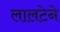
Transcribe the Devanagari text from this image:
लालटेने